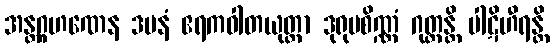
အန္တဂ္ဂဟဏေန ဒမနံ ဧရကဝါတယုတ္တာ ဒုရုပစိဏ္ဏံ ဂုတ္တန္တိ ပါဋိဟီရန္တိ